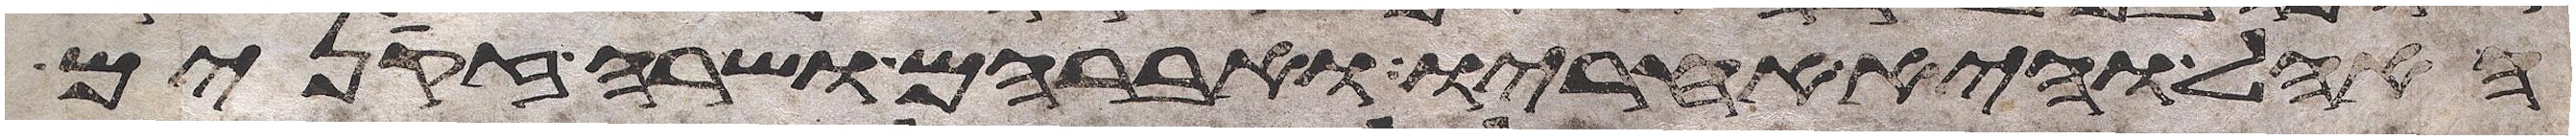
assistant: האהל והיא אחריו ואברהם ושרה זקנים